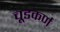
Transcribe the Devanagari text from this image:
चूडकर्ण